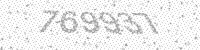
Solution: 769937